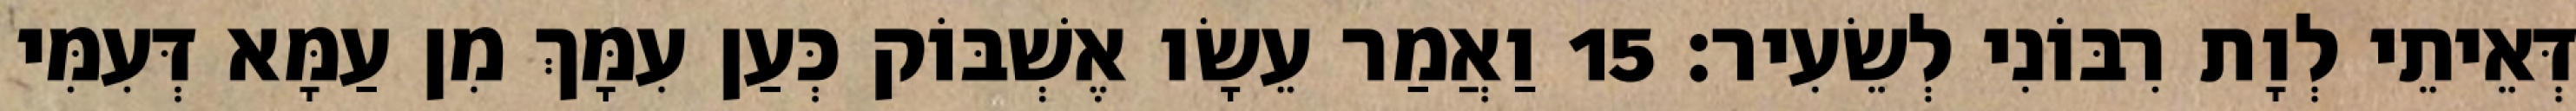
דְּאֵיתֵי לְוָת רִבּוֹנִי לְשֵׂעִיר׃ 15 וַאֲמַר עֵשָׂו אֶשְׁבּוֹק כְּעַן עִמָּךְ מִן עַמָּא דְּעִמִּי